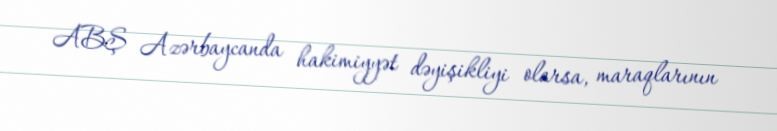
ABŞ Azərbaycanda hakimiyyət dəyişikliyi olarsa, maraqlarının